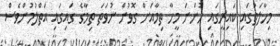
މިހާލަތުގައި ކައިރީގައި ހުންނަ މީހާ ތިމާއަށް ގޮވުން ނުވަތަ ތިމާގެ ގައިގައި އަތްލުމުންވެސް